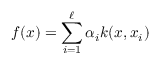
f ( x ) = \sum _ { i = 1 } ^ { \ell } \alpha _ { i } k ( x , x _ { i } )